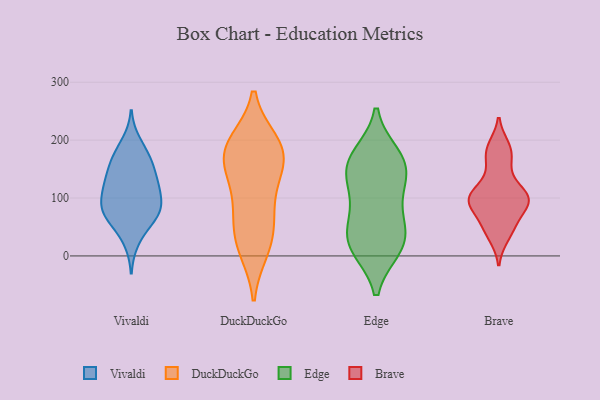
{"axis": {"x": "Market Share (%)", "y": "Value"}, "legend": ["Brave", "DuckDuckGo", "Edge", "Vivaldi"], "data": [{"x": "", "y": 71, "type": "Vivaldi"}, {"x": "", "y": 112, "type": "Vivaldi"}, {"x": "", "y": 80, "type": "Vivaldi"}, {"x": "", "y": 156, "type": "Vivaldi"}, {"x": "", "y": 74, "type": "Vivaldi"}, {"x": "", "y": 162, "type": "Vivaldi"}, {"x": "", "y": 122, "type": "Vivaldi"}, {"x": "", "y": 130, "type": "Vivaldi"}, {"x": "", "y": 52, "type": "Vivaldi"}, {"x": "", "y": 25, "type": "Vivaldi"}, {"x": "", "y": 78, "type": "Vivaldi"}, {"x": "", "y": 116, "type": "Vivaldi"}, {"x": "", "y": 178, "type": "Vivaldi"}, {"x": "", "y": 162, "type": "Vivaldi"}, {"x": "", "y": 77, "type": "Vivaldi"}, {"x": "", "y": 123, "type": "Vivaldi"}, {"x": "", "y": 196, "type": "Vivaldi"}, {"x": "", "y": 88, "type": "Vivaldi"}, {"x": "", "y": 81, "type": "DuckDuckGo"}, {"x": "", "y": 147, "type": "DuckDuckGo"}, {"x": "", "y": 33, "type": "DuckDuckGo"}, {"x": "", "y": 191, "type": "DuckDuckGo"}, {"x": "", "y": 195, "type": "DuckDuckGo"}, {"x": "", "y": 197, "type": "DuckDuckGo"}, {"x": "", "y": 90, "type": "DuckDuckGo"}, {"x": "", "y": 143, "type": "DuckDuckGo"}, {"x": "", "y": 153, "type": "DuckDuckGo"}, {"x": "", "y": 10, "type": "DuckDuckGo"}, {"x": "", "y": 59, "type": "DuckDuckGo"}, {"x": "", "y": 15, "type": "DuckDuckGo"}, {"x": "", "y": 170, "type": "DuckDuckGo"}, {"x": "", "y": 187, "type": "DuckDuckGo"}, {"x": "", "y": 166, "type": "Edge"}, {"x": "", "y": 60, "type": "Edge"}, {"x": "", "y": 174, "type": "Edge"}, {"x": "", "y": 99, "type": "Edge"}, {"x": "", "y": 13, "type": "Edge"}, {"x": "", "y": 142, "type": "Edge"}, {"x": "", "y": 33, "type": "Edge"}, {"x": "", "y": 51, "type": "Edge"}, {"x": "", "y": 117, "type": "Edge"}, {"x": "", "y": 16, "type": "Edge"}, {"x": "", "y": 166, "type": "Edge"}, {"x": "", "y": 148, "type": "Edge"}, {"x": "", "y": 13, "type": "Edge"}, {"x": "", "y": 52, "type": "Brave"}, {"x": "", "y": 100, "type": "Brave"}, {"x": "", "y": 164, "type": "Brave"}, {"x": "", "y": 101, "type": "Brave"}, {"x": "", "y": 128, "type": "Brave"}, {"x": "", "y": 96, "type": "Brave"}, {"x": "", "y": 99, "type": "Brave"}, {"x": "", "y": 93, "type": "Brave"}, {"x": "", "y": 188, "type": "Brave"}, {"x": "", "y": 181, "type": "Brave"}, {"x": "", "y": 34, "type": "Brave"}, {"x": "", "y": 55, "type": "Brave"}, {"x": "", "y": 93, "type": "Brave"}]}